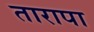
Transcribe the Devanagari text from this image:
तारापा